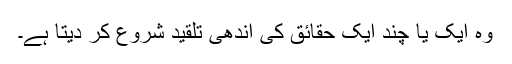
وہ ایک یا چند ایک حقائق کی اندھی تلقید شروع کر دیتا ہے۔